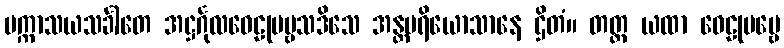
ပက္ကာသယသင်္ခါတေ အဋ္ဌင်္ဂုလဝေဠုပဗ္ဗသဒိသေ အန္တပရိယောသာနေ ဌိတံ။ တတ္ထ ယထာ ဝေဠုပဗ္ဗေ